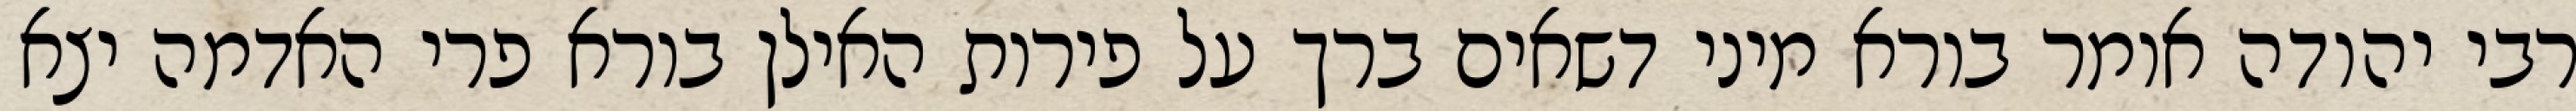
רבי יהודה אומר בורא מיני דשאים ברך על פירות האילן בורא פרי האדמה יצא